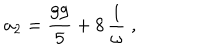
LaTeX: a _ { 2 } = { \displaystyle \frac { 9 9 } { 5 } } + 8 \, { \displaystyle \frac { 1 } { { \omega } } } \; ,